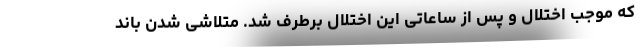
که موجب اختلال و پس از ساعاتی این اختلال برطرف شد. متلاشی شدن باند